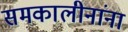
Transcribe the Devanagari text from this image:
समकालीनांना